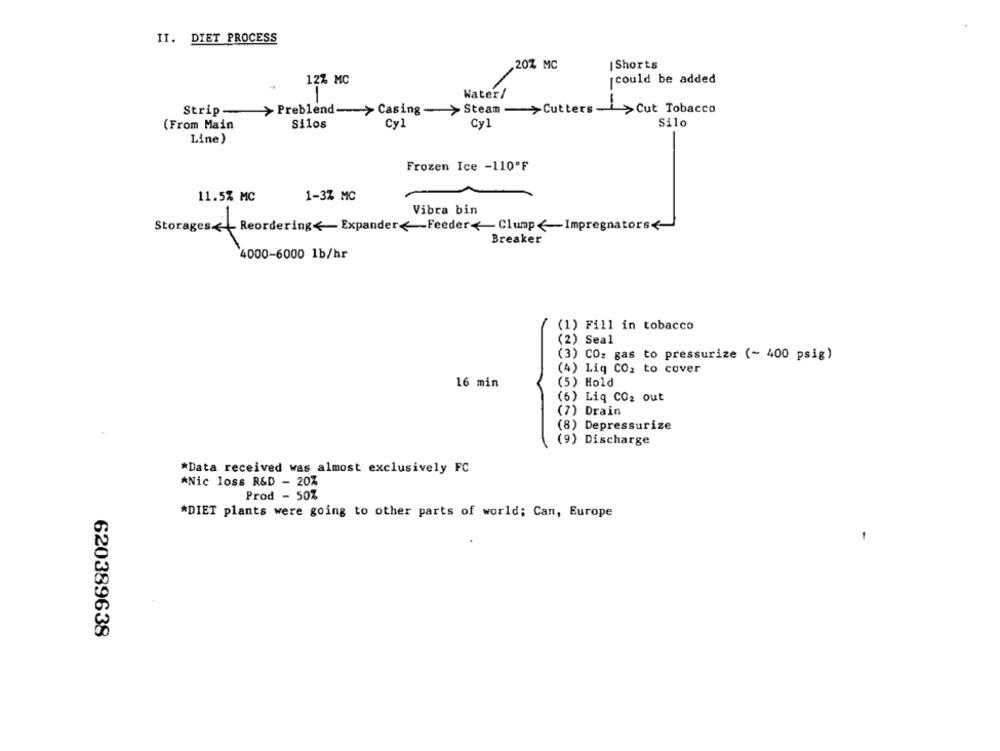
II. DIET PROCESS
20% MC
Shorts
12% MC
could be added
Water/
Strip- > Preblend-> Casing - > Steam - >Cutters - >Cut Tobacco
(From Main
Silos
Cy1
Cy1
Silo
Line)
Frozen Ice -110ºF
11.5% MC
1-3% MC
Vibra bin
Storages< Reordering< ExpanderFeeder< Clump <- Impregnators<
Breaker
4000-6000 1b/hr
(1) Fill in tobacco
(2) Seal
(3) CO2 gas to pressurize (~ 400 psig)
(4) Liq CO: to cover
16 min
(5) Hold
(6) Liq CO2 out
(7) Drain
(8) Depressurize
(9) Discharge
*Data received was almost exclusively FC
*Nic loss R&D - 20%
Prod - 50%
*DIET plants were going to other parts of world; Can, Europe
620389638